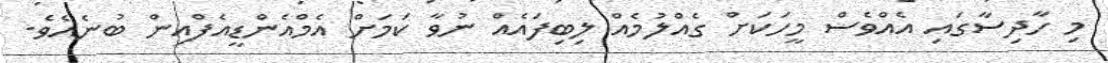
މި ހާދިސާގައި އެއްވެސް މީހަކަށް ގެއްލުމެއް ލިބިފައެއް ނުވާ ކަމަށް އެމްއެންޑީއެފްއިން ބުނެއެވެ.